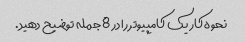
نحوه کار یک کامپیوتر را در 8 جمله توضیح دهید.